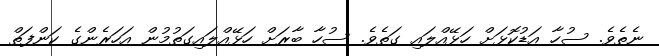
ނެތެވެ. ސުހާ އަޑުކޮޅަށް ހަޅޭއްލައި ގަތެވެ. ސުހާ ބާރަށް ހަޅޭއްލައިގަތުމުން އަހަރެންގެ ކަންފަތް